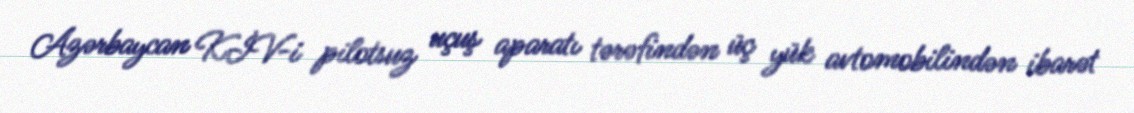
Azərbaycan KİV-i pilotsuz uçuş aparatı tərəfindən üç yük avtomobilindən ibarət